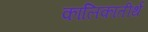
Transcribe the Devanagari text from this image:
कालिकातीर्थ